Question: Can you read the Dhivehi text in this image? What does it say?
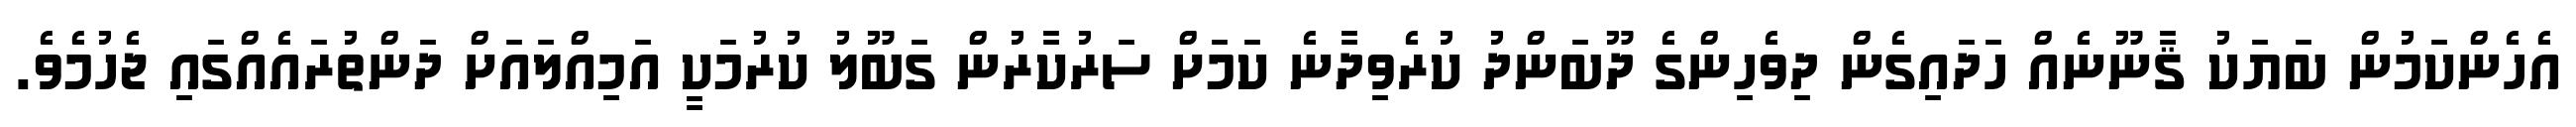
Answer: އެހެންކަމުން ބަޔަކު ޤާނޫނެއް ހަދައިގެން ދިވެހިންގެ ދޫބަންދު ކުރެވިދާނެ ކަމަށް ސަރުކާރުން ގަބޫލު ކުރުމަކީ އަމިއްލައަށް ދަންތުރައެއްގައި ޖެހުމެވެ.